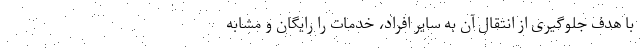
با هدف جلوگیری از انتقال آن به سایر افراد، خدمات را رایگان و مشابه